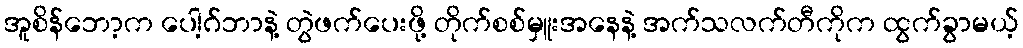
အူစိန်ဘော့က ပေါ့ဂ်ဘာနဲ့ တွဲဖက်ပေးဖို့ တိုက်စစ်မှူးအနေနဲ့ အက်သလက်တီကိုက ထွက်ခွာမယ့်